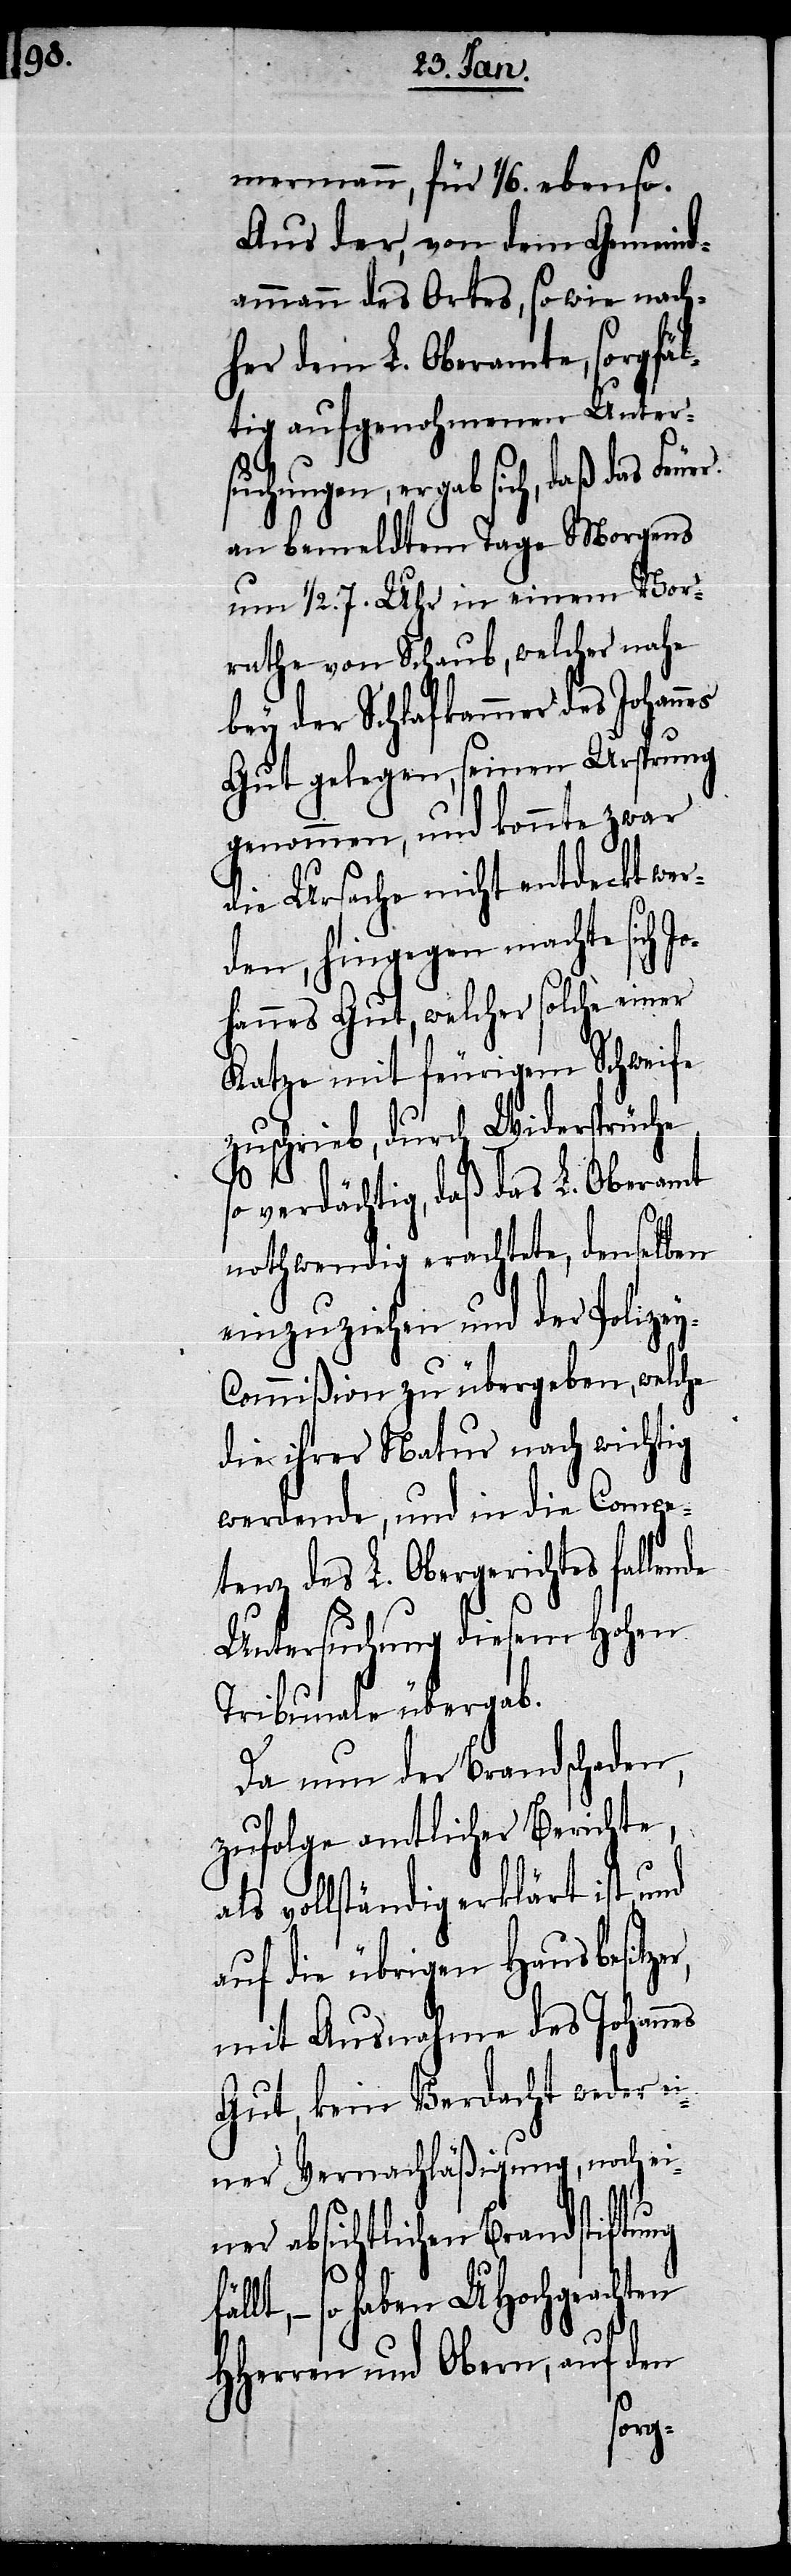
mermann, für 1/6. ebenso.
Aus der, von dem Gemeind¬
ammann des Ortes, so wie nach¬
her dem L. Oberamte, sorgfäl¬
tig aufgenohmenen Unter¬
suchungen, ergab sich, daß das
an bemeldtem Tage Morgens
um 1/2. 7. Uhr in einem Vor¬
rathe von Schaub, welcher nahe
bey der Schlafkammer des Johan¬
Gut gelegen, seinen Ursprung
genommen, und konnte zwar
die Ursache nicht entdeckt wer¬
den, hingegen machte sich Jo¬
hannes Gut, welcher solche einer
Katze mit feurigem Schweife
zuschrieb, durch Widersprüche
so
verdächtig, daß das L. Oberamt
nothwendig erachtete, denselben
einzuziehen und der Polize¬
ommißion zu übergeben, welche
die ihrer Natur nach wichtig
werdende, und in die Compe¬
tenz des L. Obergerichtes fallende
Untersuchung diesem Hohen
Tribunale übergab.
Da nun der Brandschaden,
zufolge amtlicher Berichte,
vollständig erklärt ist und
auf die übrigen Hausbesitze¬
mit Ausnahme des Johannes
Gut, kein Verdacht weder ei¬
ner Vernachläßigung, noch ei¬
ner absichtlichen Brandstiftung
lt, – so haben UHochgeachten
HHerren und Obern, auf den
fäl¬